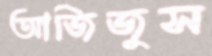
আজিজুস